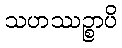
သဟဿဉ္စာပိ